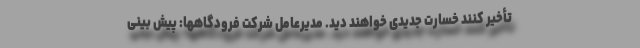
تأخیر کنند خسارت جدیدی خواهند دید. مدیرعامل شرکت فرودگاهها: پیش بینی